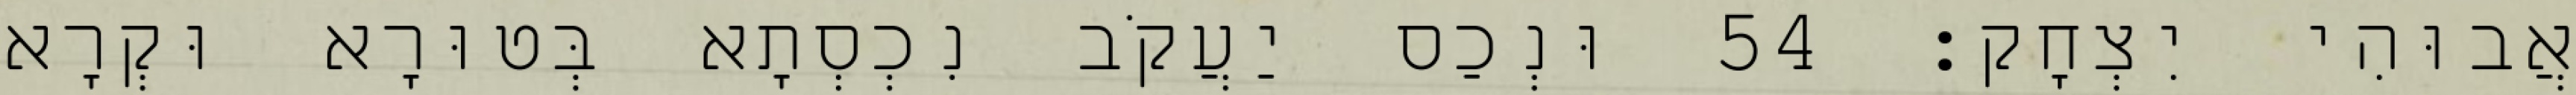
אֲבוּהִי יִצְחָק׃ 54 וּנְכַס יַעֲקֹב נִכְסְתָא בְּטוּרָא וּקְרָא